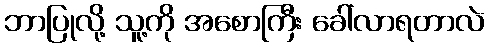
ဘာပြုလို့ သူ့ကို အစောကြီး ခေါ်လာရတာလဲ